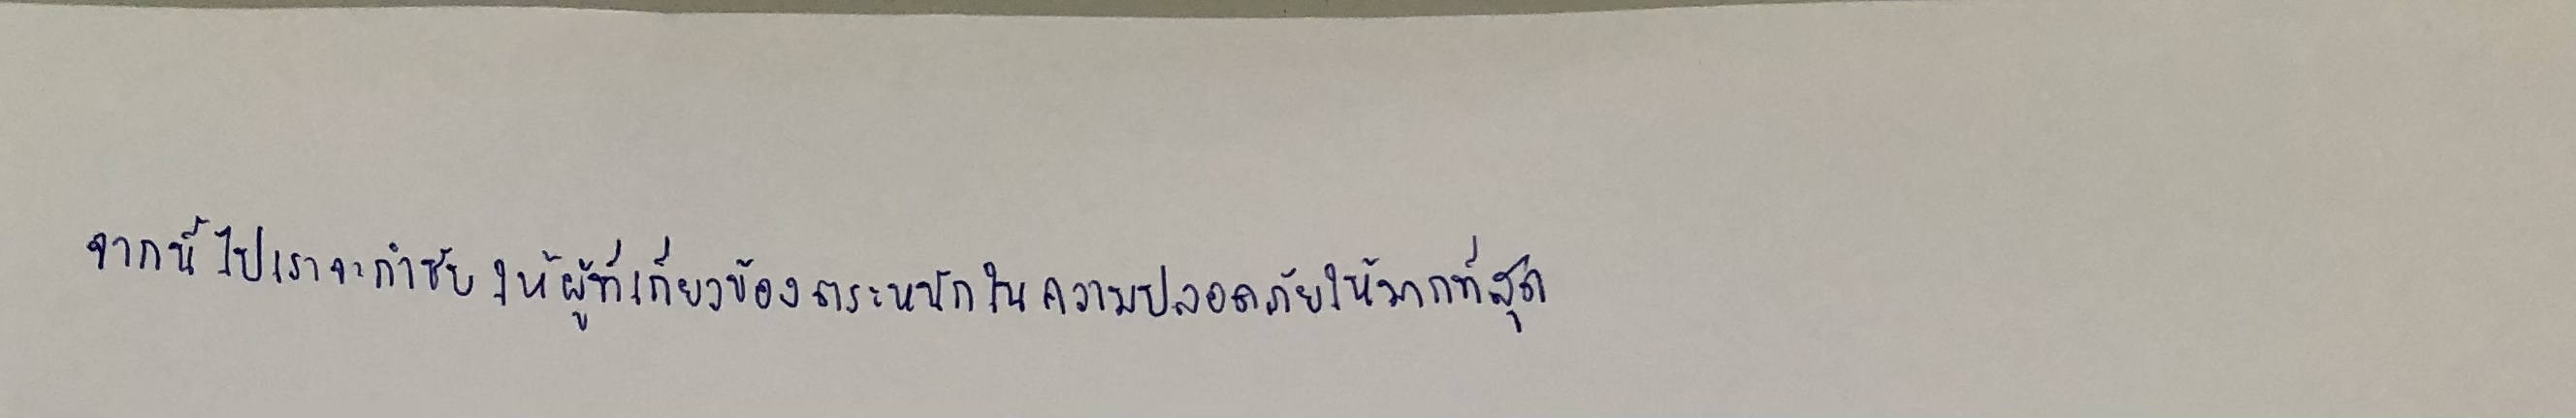
"จากนี้ไปเราจะกำชับให้ผู้ที่เกี่ยวข้องตระหนักในความปลอดภัยให้มากที่สุด